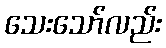
သေးသော်လည်း